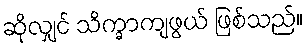
ဆိုလျှင် သိက္ခာကျဖွယ် ဖြစ်သည်။